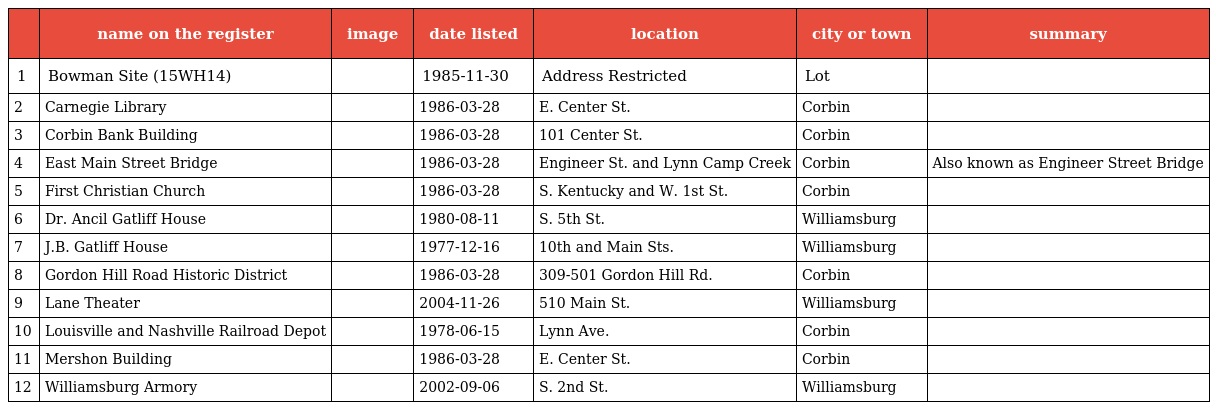
|  | name on the register | image | date listed | location | city or town | summary |
 | --- | --- | --- | --- | --- | --- | --- |
 | 1 | Bowman Site (15WH14) |  | 1985-11-30 | Address Restricted | Lot |  |
 | 2 | Carnegie Library |  | 1986-03-28 | E. Center St. | Corbin |  |
 | 3 | Corbin Bank Building |  | 1986-03-28 | 101 Center St. | Corbin |  |
 | 4 | East Main Street Bridge |  | 1986-03-28 | Engineer St. and Lynn Camp Creek | Corbin | Also known as Engineer Street Bridge |
 | 5 | First Christian Church |  | 1986-03-28 | S. Kentucky and W. 1st St. | Corbin |  |
 | 6 | Dr. Ancil Gatliff House |  | 1980-08-11 | S. 5th St. | Williamsburg |  |
 | 7 | J.B. Gatliff House |  | 1977-12-16 | 10th and Main Sts. | Williamsburg |  |
 | 8 | Gordon Hill Road Historic District |  | 1986-03-28 | 309-501 Gordon Hill Rd. | Corbin |  |
 | 9 | Lane Theater |  | 2004-11-26 | 510 Main St. | Williamsburg |  |
 | 10 | Louisville and Nashville Railroad Depot |  | 1978-06-15 | Lynn Ave. | Corbin |  |
 | 11 | Mershon Building |  | 1986-03-28 | E. Center St. | Corbin |  |
 | 12 | Williamsburg Armory |  | 2002-09-06 | S. 2nd St. | Williamsburg |  |